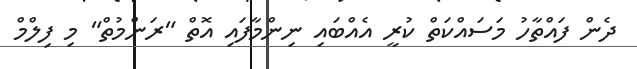
ދެން ފައްތާހު މަސައްކަތް ކުރީ އެއްބައި ނިންމާފައި އޮތް "ރަންމުތް" މި ފިލްމް